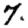
Digit: 7